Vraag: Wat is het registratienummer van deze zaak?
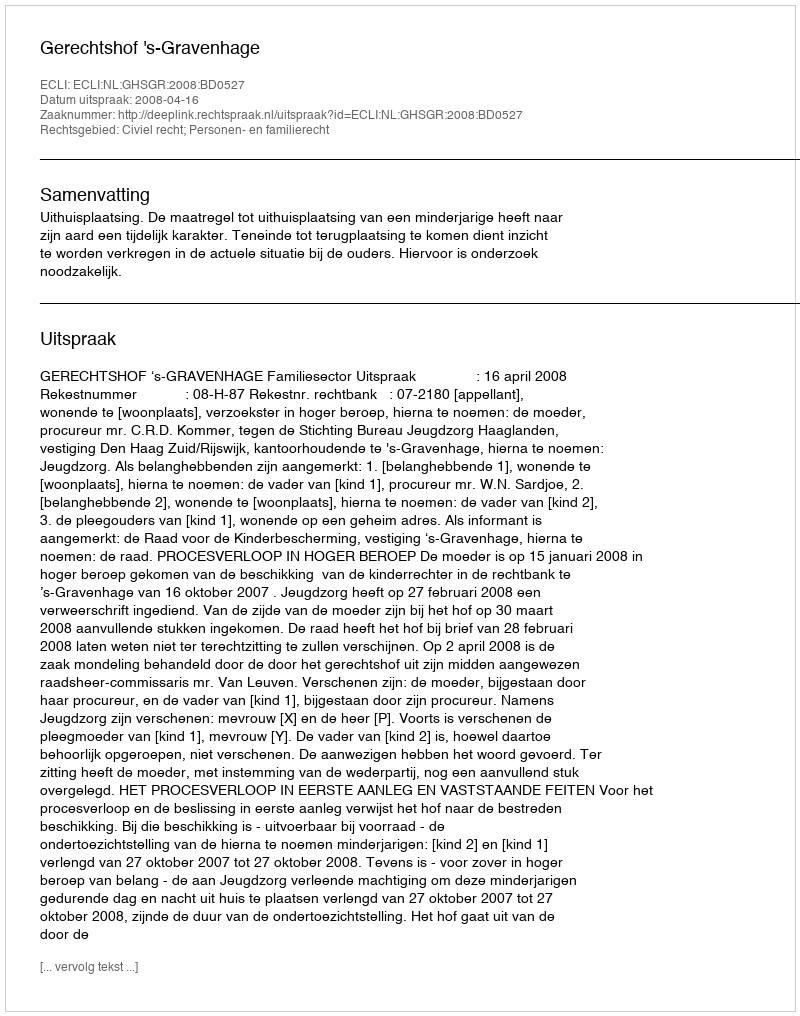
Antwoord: http://deeplink.rechtspraak.nl/uitspraak?id=ECLI:NL:GHSGR:2008:BD0527